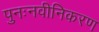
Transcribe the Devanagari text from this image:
पुनःनवीनिकरण